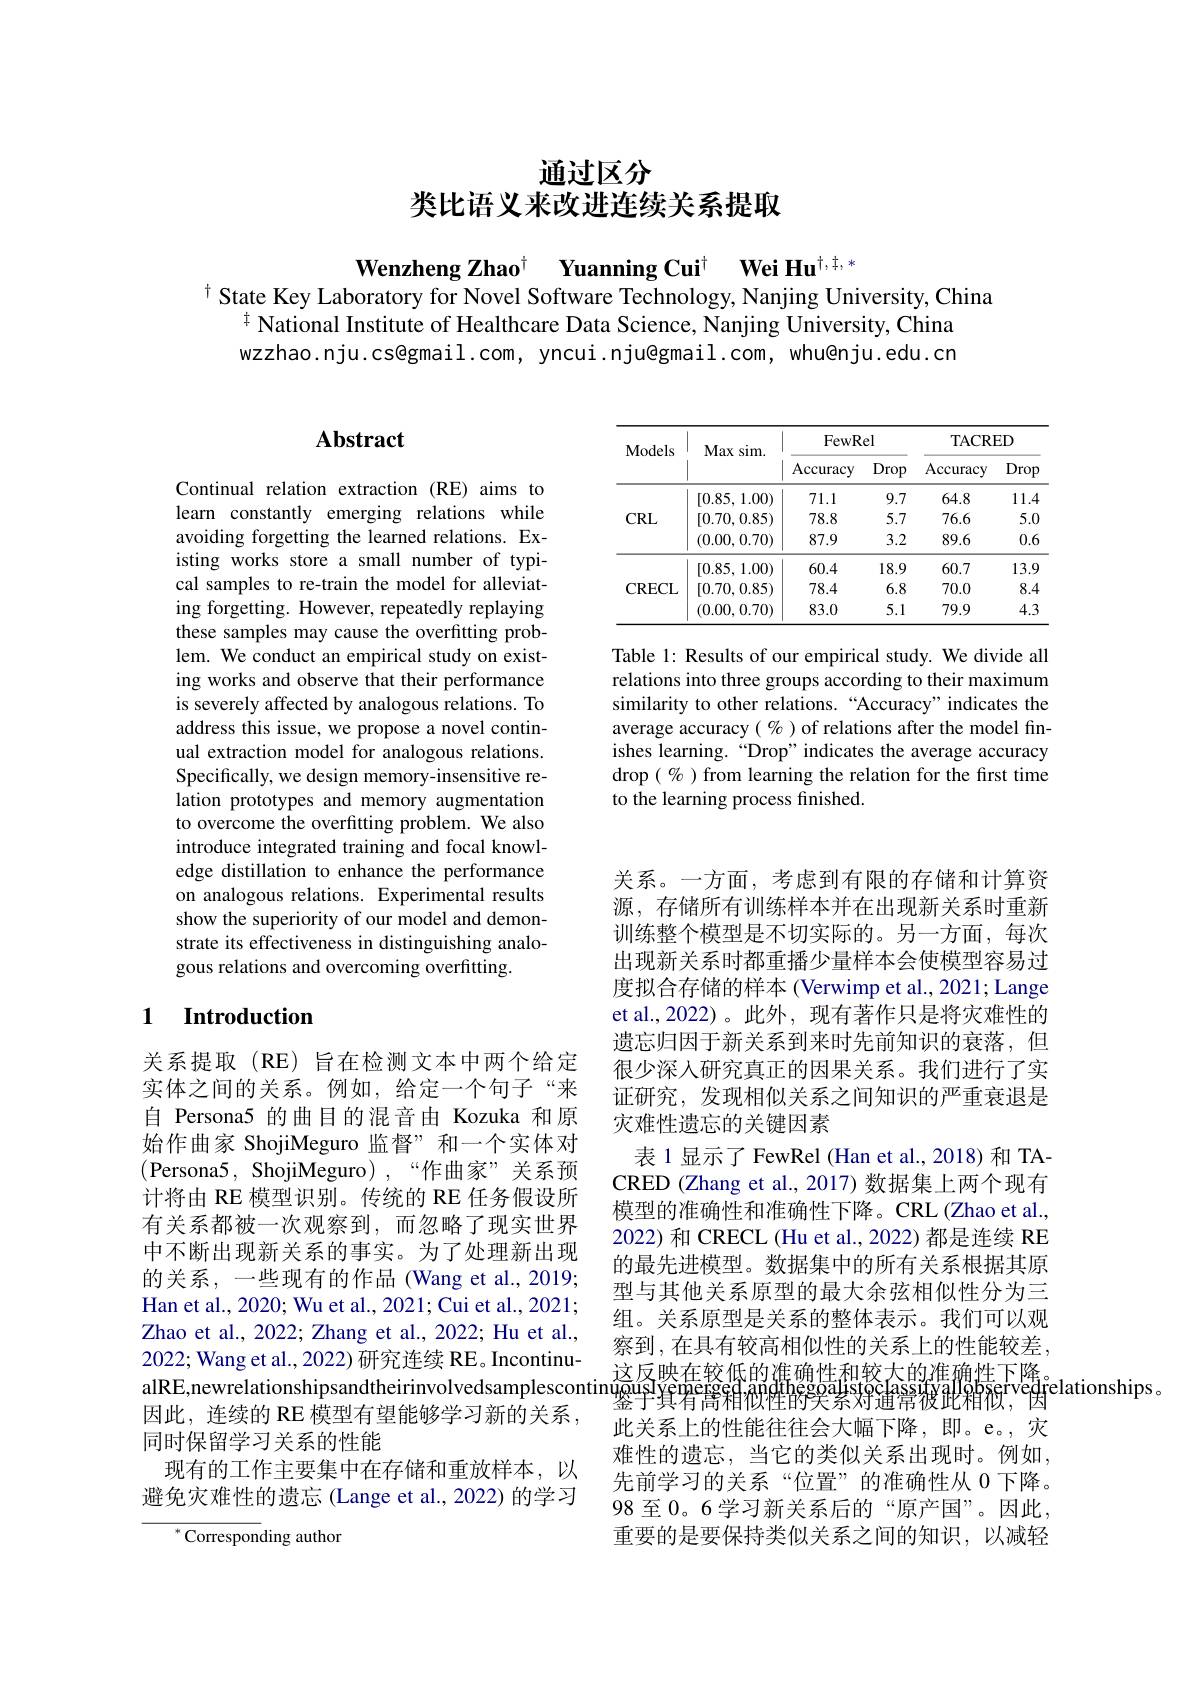
# 通过区分类比语义来改进连续关系提取

Wenzheng Zhao$^{\dagger}$ Yuanning Cui$^{\dagger}\textbf{WeiHu}^{\dagger,\dagger,*}$
$^{\dagger}$ State Key Laboratory for Novel Software Technology, Nanjing University, China
$^{\ddagger}$ National Institute of Healthcare Data Science, Nanjing University, China wzzhao.nju.cs@gmail.com, yncui.nju@gmail.com, whu@nju.edu.cn

<table>
	<tbody>
		<tr>
			<th rowspan="2">Models</th>
			<th rowspan="2">Max sim. </th>
			<th colspan="2">FewRel</th>
			<th colspan="2">TACRED</th>
		</tr>
		<tr>
			<th>Accuracy</th>
			<th>Drop</th>
			<th>Accuracy</th>
			<th>Drop</th>
		</tr>
		<tr>
			<td rowspan="3">$CRL$</td>
			<td>[0.85, 1.00)</td>
			<td>71.1</td>
			<td>9.7</td>
			<td>64.8</td>
			<td>11.4</td>
		</tr>
		<tr>
			<td>[0.70,0.85)</td>
			<td>78.8</td>
			<td>5.7</td>
			<td>76.6</td>
			<td>5.0 </td>
		</tr>
		<tr>
			<td>(0.00,0.70)</td>
			<td>87.9</td>
			<td>3.2</td>
			<td>89.6</td>
			<td>0.6</td>
		</tr>
		<tr>
			<td rowspan="3">CRECL</td>
			<td>[0.85, 1.00)</td>
			<td>60.4</td>
			<td>18.9</td>
			<td>60.7</td>
			<td>13.9</td>
		</tr>
		<tr>
			<td>[0.70,0.85)</td>
			<td>78.4</td>
			<td>6.8</td>
			<td>70.0</td>
			<td>8.4</td>
		</tr>
		<tr>
			<td>(0.00,0.70)</td>
			<td>83.0</td>
			<td>5.1</td>
			<td>79.9</td>
			<td>4.3</td>
		</tr>
	</tbody>
</table>

Table 1: Results of our empirical study. We divide all relations into three groups according to their maximum similarity to other relations.“Accuracy”indicates the average accuracy $(\%)$ of relations after the model finishes learning. "Drop" indicates the average accuracy drop $(\%)$ from learning the relation for the first time to the learning process finished.

## $\mathbf{Abstract}$

Continual relation extraction (RE) aims to learn constantly emerging relations while avoiding forgetting the learned relations. Existing works store a small number of typical samples to re-train the model for alleviating forgetting. However, repeatedly replaying these samples may cause the overfitting problem. We conduct an empirical study on existing works and observe that their performance is severely affected by analogous relations. To address this issue, we propose a novel continual extraction model for analogous relations. Specifically, we design memory-insensitive relation prototypes and memory augmentation to overcome the overfitting problem. We also introduce integrated training and focal knowledge distillation to enhance the performance on analogous relations. Experimental results show the superiority of our model and demonstrate its effectiveness in distinguishing analogous relations and overcoming overfitting.

## 1 $\textbf{Introduction}$

关系提取(RE)旨在检测文本中两个给定实体之间的关系。例如，给定一个句子“来自 Persona5 的曲目的混音由 Kozuka 和原始作曲家 ShojiMeguro 监督”和一个实体对(Persona5, ShojiMeguro),“作曲家”关系预计将由 RE 模型识别。传统的 RE 任务假设所有关系都被一次观察到，而忽略了现实世界中不断出现新关系的事实。为了处理新出现的关系，一些现有的作品(Wang et al.,2019; Han et al., 2020; Wu et al., 2021; Cui et al., 2021; Zhao et al., 2022; Zhang et al., 2022; Hu et al., 2022; Wang et al., 2022) 研究连续 RE。Incontinu同时保留学习关系的性能
现有的工作主要集中在存储和重放样本，以避免灾难性的遗忘(Lange et al., 2022) 的学习

$^{*}$Corresponding author

关系。一方面，考虑到有限的存储和计算资源，存储所有训练样本并在出现新关系时重新训练整个模型是不切实际的。另一方面，每次出现新关系时都重播少量样本会使模型容易过度拟合存储的样本 (Verwimp et al., 2021; Lange et al.,2022)。此外，现有著作只是将灾难性的遗忘归因于新关系到来时先前知识的衰落，但很少深人研究真正的因果关系。我们进行了实证研究，发现相似关系之间知识的严重衰退是灾难性遗忘的关键因素
表 1显示了 FewRel (Han et al., 2018) 和 TACRED (Zhang et al., 2017) 数据集上两个现有模型的准确性和准确性下降。CRL(Zhao et al., 2022)和 CRECL (Hu et al., 2022) 都是连续 RE 的最先进模型。数据集中的所有关系根据其原型与其他关系原型的最大余弦相似性分为三组。关系原型是关系的整体表示。我们可以观察到，在具有较高相似性的关系上的性能较差，
2022; wang ef at. . 2022) 研 究 连 续 KE。Mconthu- alRE, newrelationshipsandtheirinvolvedsamplescontinguus Sfreressfdrentingus Sasstas Aperedentiperederederelationships, 因 此 , 连 续 的 RE 模 型 有 望 能 够 学 习 新 的 关 系 , 此 关 系 上 的 性 能 往 往 会 大 幅 下 降 。即 e。该
此关系上的性能往往会大幅下降，即。e。,灾难性的遗忘，当它的类似关系出现时。例如， 先前学习的关系“位置”的准确性从 0下降。98 至 0。6 学习新关系后的“原产国”。因此， 重要的是要保持类似关系之间的知识，以减轻